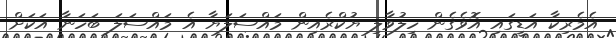
އެމެރިކާ އަޑީގައި އޮވެގެން ހިލުވާލި ޔުކްރެއިން މައްސަލަޔާ އެ މައްސަލަ ބަހަނާ އަކަށް